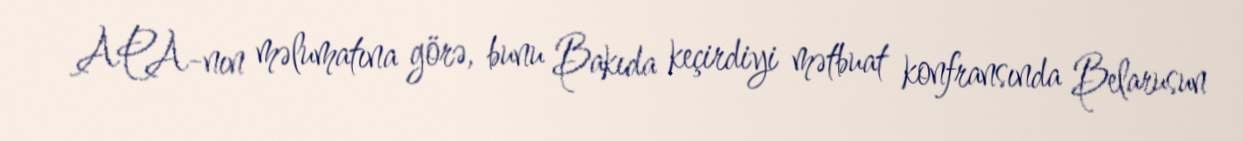
APA-nın məlumatına görə, bunu Bakıda keçirdiyi mətbuat konfransında Belarusun